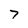
Character: 7